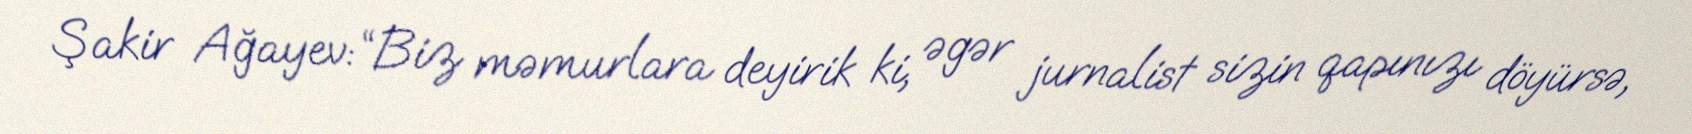
Şakir Ağayev: “Biz məmurlara deyirik ki, əgər jurnalist sizin qapınızı döyürsə,